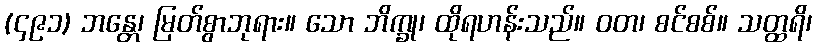
(၄၉၁) ဘန္တေ၊ မြတ်စွာဘုရား။ သော ဘိက္ခု၊ ထိုရဟန်းသည်။ ဝတ၊ စင်စစ်။ သတ္ထရိ၊